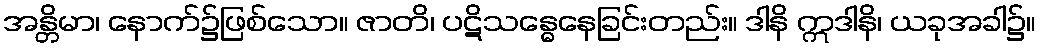
အန္တိမာ၊ နောက်၌ဖြစ်သော။ ဇာတိ၊ ပဋိသန္ဓေနေခြင်းတည်း။ ဒါနိ ဣဒါနိ၊ ယခုအခါ၌။